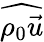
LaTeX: \widehat{\rho_{0}\vec{u}}